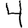
Digit: 4